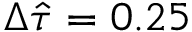
\Delta \hat { \tau } = 0 . 2 5